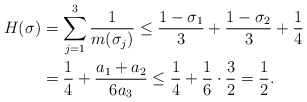
\begin{align*}H(\sigma)&=\sum_{j=1}^3\frac {1}{m(\sigma_j)}\le\frac{1-\sigma_1}{3}+\frac{1-\sigma_2}{3}+\frac 14\\&=\frac 14+\frac{a_1+a_2}{6a_3}\le\frac 14+\frac 16 \cdot \frac 32=\frac 12.\end{align*}